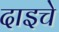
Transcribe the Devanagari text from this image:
दाइचे